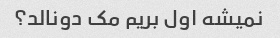
نمیشه اول بریم مک دونالد؟